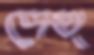
দেখ্‌